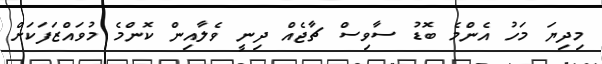
މިދިޔަ މަހު އެންމެ ބޮޑު ސާވިސް ޗާޖެއް ދިނީ ވެލާއިން ކޮންމެ މުވައްޒަފަކަށް